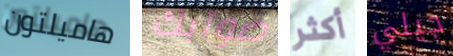
هاميلتون صوابك أكثر جيلي